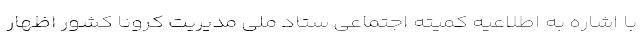
با اشاره به اطلاعیه کمیته اجتماعی ستاد ملی مدیریت کرونا کشور اظهار